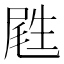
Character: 𡲥